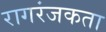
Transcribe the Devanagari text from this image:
रागरंजकता